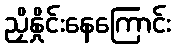
ညှိနှိုင်းနေကြောင်း